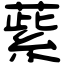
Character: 䔝